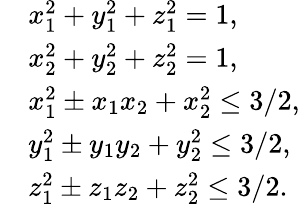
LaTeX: \begin{array}{rl}&{x_{1}^{2}+y_{1}^{2}+z_{1}^{2}=1,}\\ &{x_{2}^{2}+y_{2}^{2}+z_{2}^{2}=1,}\\ &{x_{1}^{2}\pm x_{1}x_{2}+x_{2}^{2}\leq 3/2,}\\ &{y_{1}^{2}\pm y_{1}y_{2}+y_{2}^{2}\leq 3/2,}\\ &{z_{1}^{2}\pm z_{1}z_{2}+z_{2}^{2}\leq 3/2.}\end{array}